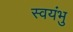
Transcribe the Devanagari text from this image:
स्‍वयंभु